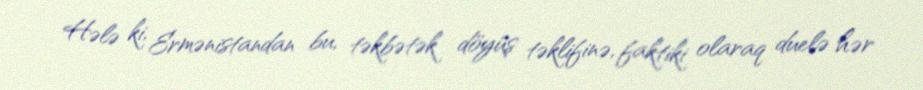
Hələ ki, Ermənistandan bu, təkbətək döyüş təklifinə, faktiki olaraq duelə hər